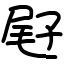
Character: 屘